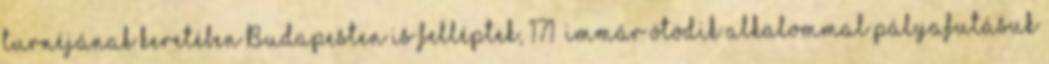
turnéjának keretében Budapesten is felléptek, 171 immár ötödik alkalommal pályafutásuk